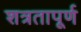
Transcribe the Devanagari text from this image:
शत्रतापूर्ण